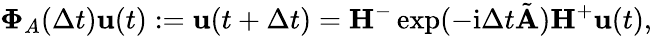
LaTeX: \mathbf{\Phi}_{A}(\Delta t)\mathbf{u}(t):=\mathbf{u}(t+\Delta t)=\mathbf{H}^{-}\exp(-\mathrm{i}\Delta t\tilde{\mathbf{A}})\mathbf{H}^{+}\mathbf{u}(t),